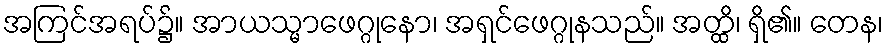
အကြင်အရပ်၌။ အာယသ္မာဖေဂ္ဂုနော၊ အရှင်ဖေဂ္ဂုနသည်။ အတ္ထိ၊ ရှိ၏။ တေန၊